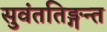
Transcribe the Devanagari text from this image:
सुवंततिङ्गन्त